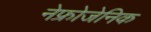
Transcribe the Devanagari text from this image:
नेफ्रोजेनिक